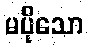
မပိုသော